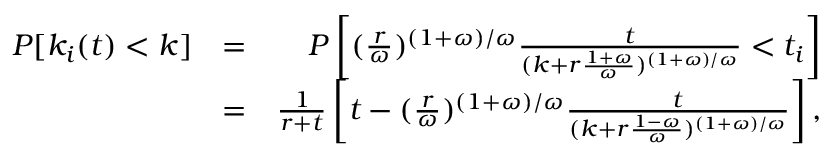
\begin{array} { r l r } { P [ k _ { i } ( t ) < k ] } & { = } & { P \left[ ( \frac { r } { \omega } ) ^ { ( 1 + \omega ) / \omega } \frac { t } { ( k + r \frac { 1 + \omega } { \omega } ) ^ { ( 1 + \omega ) / \omega } } < t _ { i } \right] } \\ & { = } & { \frac { 1 } { r + t } \left[ t - ( \frac { r } { \omega } ) ^ { ( 1 + \omega ) / \omega } \frac { t } { ( k + r \frac { 1 - \omega } { \omega } ) ^ { ( 1 + \omega ) / \omega } } \right] , } \end{array}